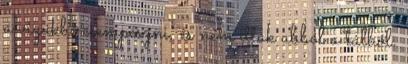
a vizükbe csempészni, és nem ittak abból a tálból.